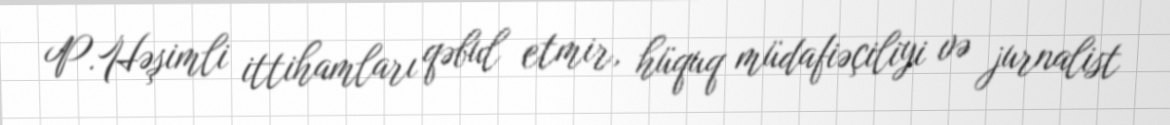
P.Həşimli ittihamları qəbul etmir, hüquq müdafiəçiliyi və jurnalist